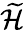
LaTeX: \widetilde{\cal H}